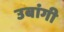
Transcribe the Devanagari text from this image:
उबांगी